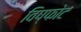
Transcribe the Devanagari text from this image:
विष्फोट